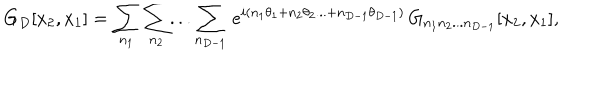
G _ { D } [ x _ { 2 } , x _ { 1 } ] = \sum _ { n _ { 1 } } \sum _ { n _ { 2 } } . . . \sum _ { n _ { D - 1 } } \, e ^ { i ( n _ { 1 } \theta _ { 1 } + n _ { 2 } \theta _ { 2 } . . . + n _ { D - 1 } \theta _ { D - 1 } ) } \, G _ { n _ { 1 } n _ { 2 } . . . n _ { D - 1 } } [ x _ { 2 } , x _ { 1 } ] ,